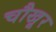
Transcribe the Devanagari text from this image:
चौखूर